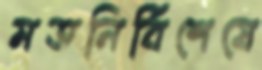
মতনির্বিশেষে